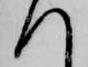
へ